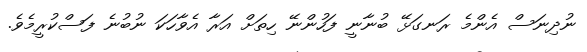
ނުދިނަސް އެންމެ ރަނގަޅޭ ބުނާނީ ފަހުންނޭ ހިތަށް އަރާ އެވާހަކަ ނުބުނެ ފަސްކުރީމެވެ.